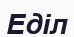
Еділ